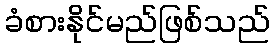
ခံစားနိုင်မည်ဖြစ်သည်